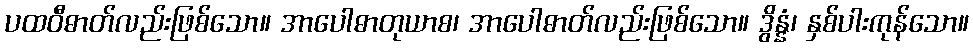
ပထဝီဓာတ်လည်းဖြစ်သော။ အာပေါဓာတုယာစ၊ အာပေါဓာတ်လည်းဖြစ်သော။ ဒွိန္နံ၊ နှစ်ပါးကုန်သော။